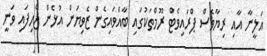
އަލީނާ އާއި ރިޔާވެސް ޕްރައިވެޓް ރޫމްތަކުގައި ބާއްވައިގެން ޒެވިޔަން އުޅެން ޖެހިފައި ވަނީ